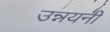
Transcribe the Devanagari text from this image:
उन्नयनी